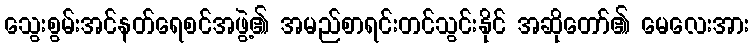
သွေးစွမ်းအင်နတ်ရေစင်အဖွဲ့၏ အမည်စာရင်းတင်သွင်းနိုင် အဆိုတော်၏ မေလေးအား